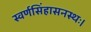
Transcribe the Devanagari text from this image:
स्वर्णसिंहासनस्थः।